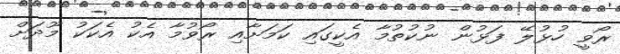
ރޯވީ ހުޅުލޭ ފަޅުން ނުކުތުމާ އެކީގައި ކަމަށާއި ރޯވުމާ އެކު އެކަކު މޫދަށް